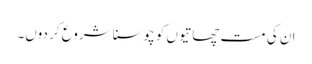
ان کی مست چھاتیوں کو چوسنا شروع کر دوں۔